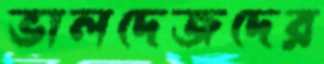
ভালদেজদের